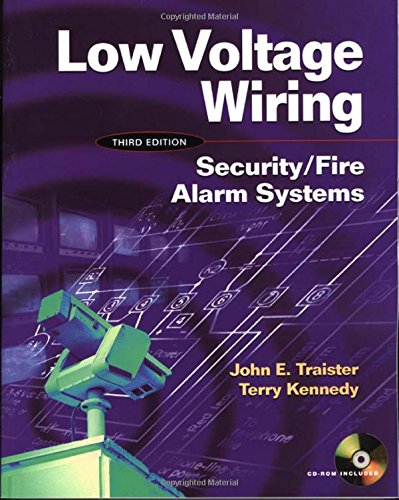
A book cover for Low Voltage Wiring: Security/Fire Alarm Systems; Terry Kennedy; Computers & Technology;